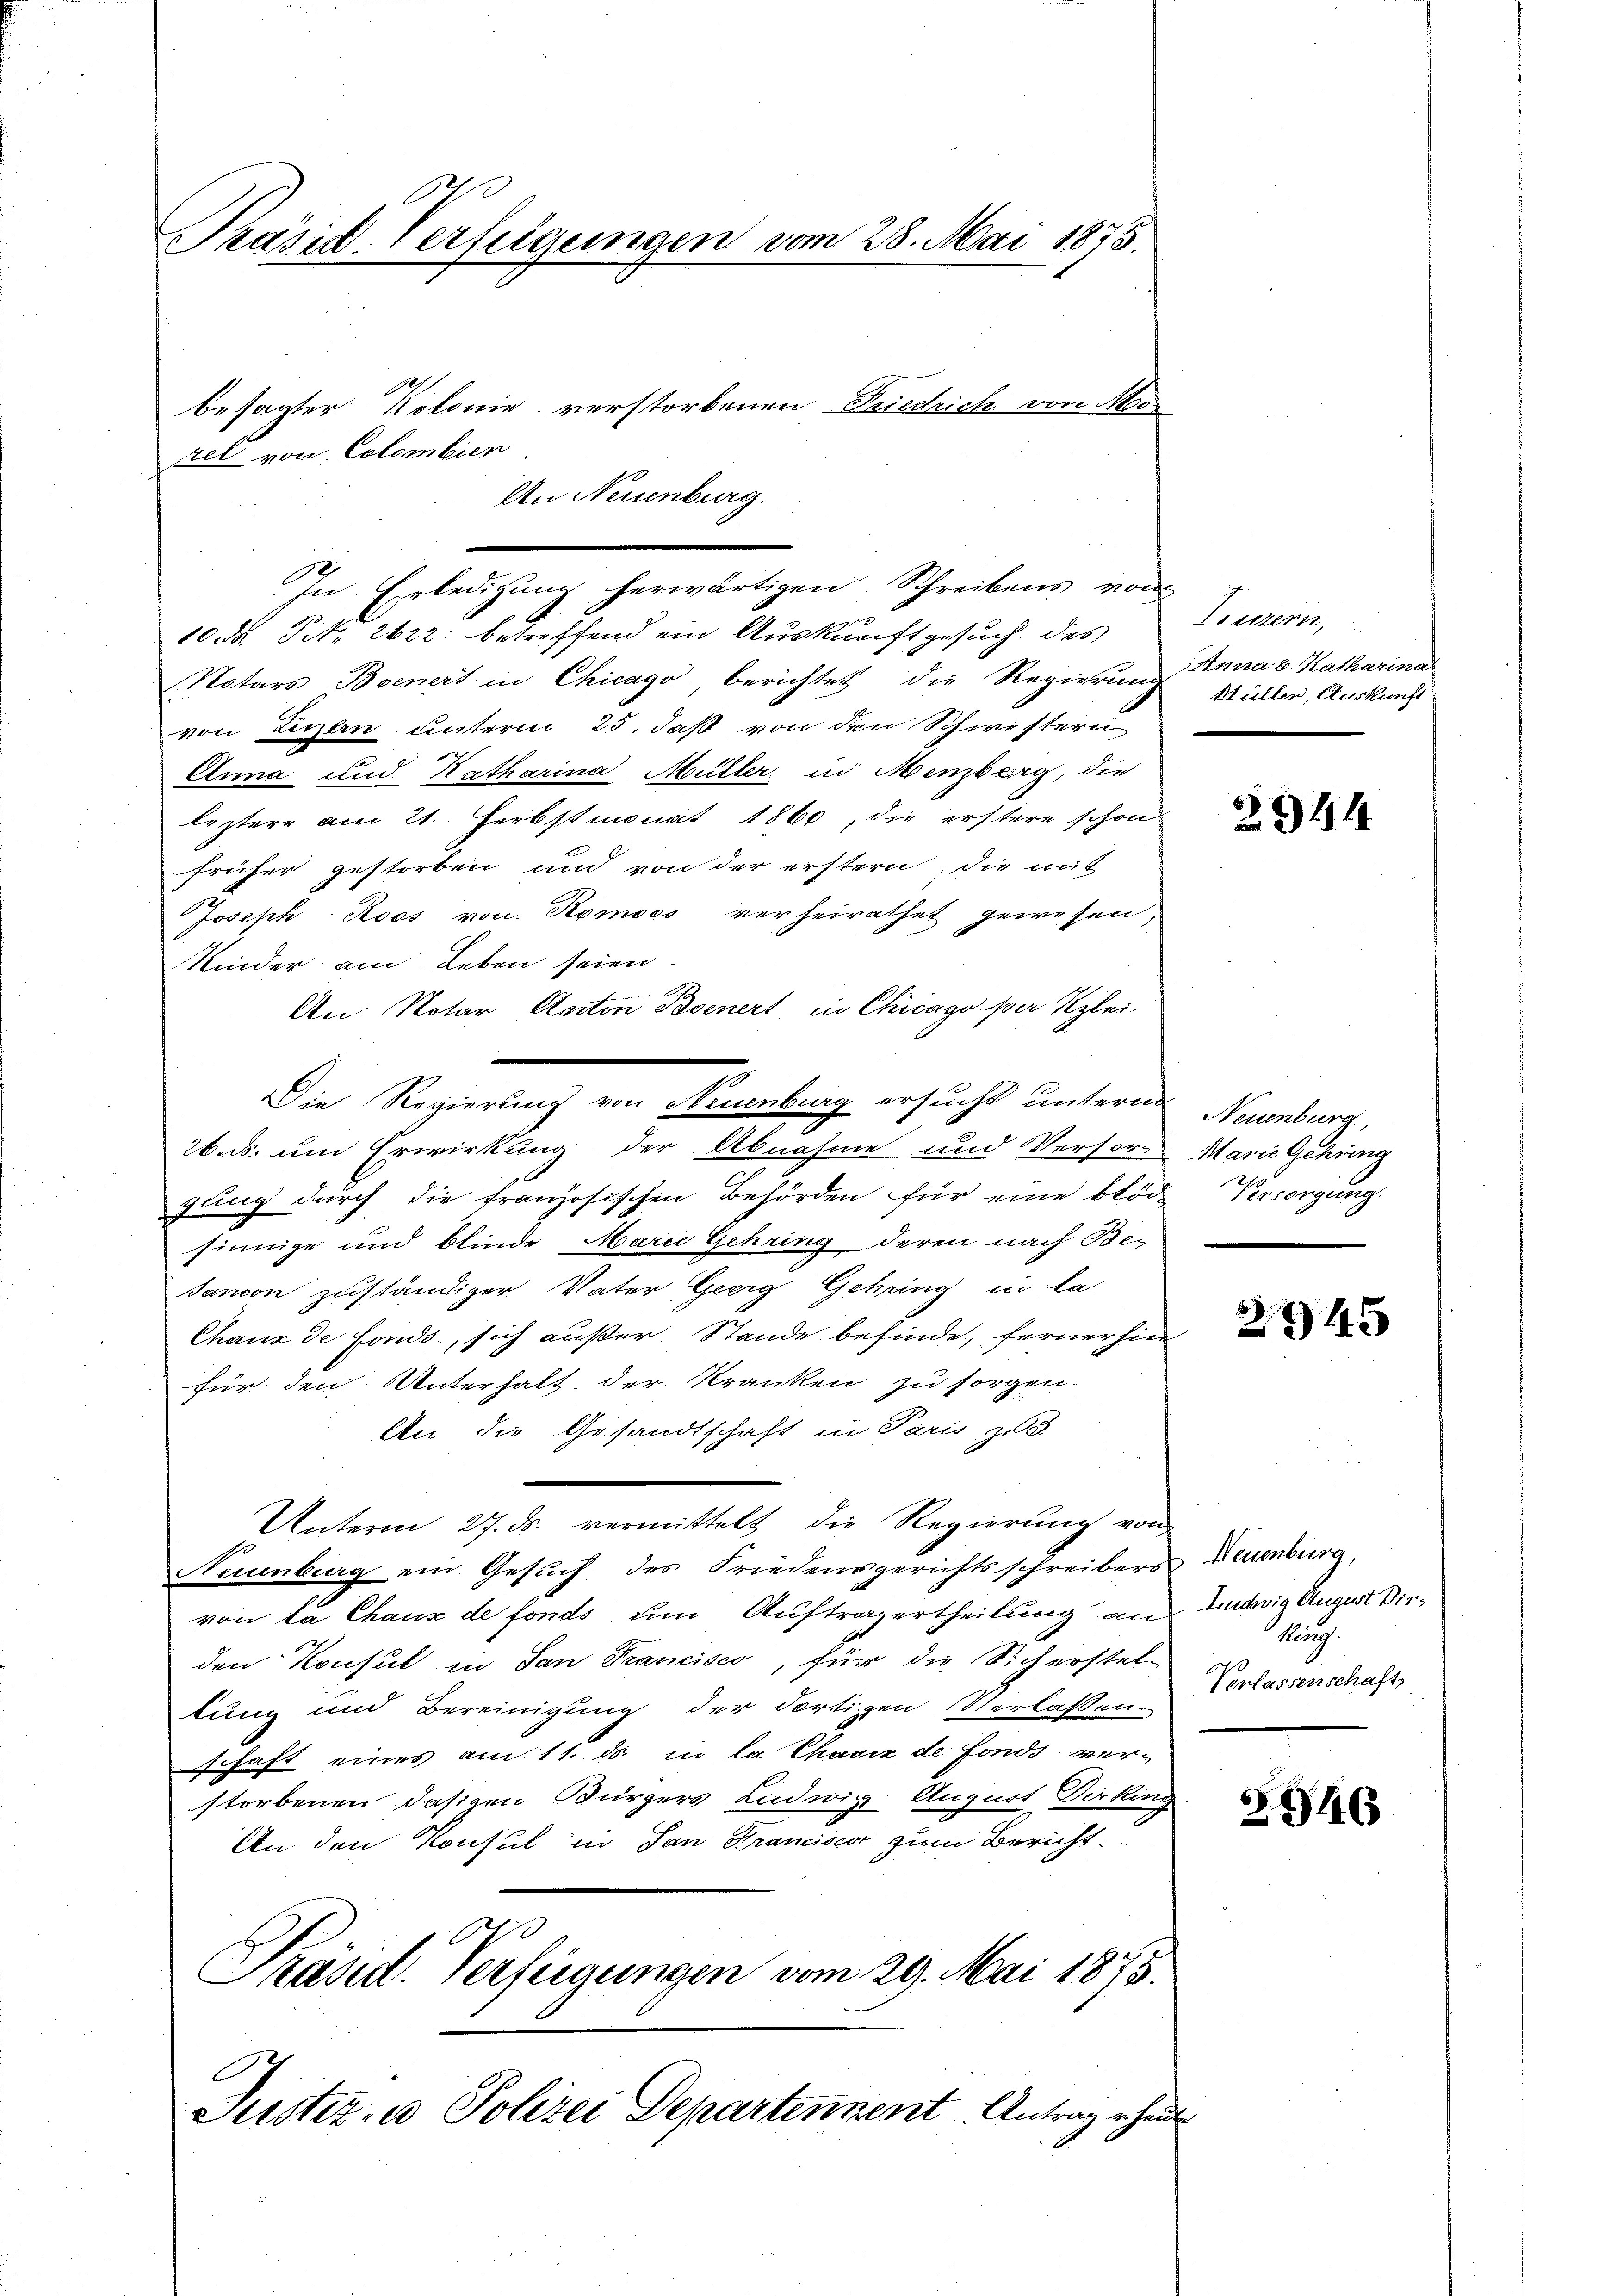
Präsid-Verfügungen vom 28. Mai 1875.

zel von Colombien

1
An Neuenburg.
In Erledigung herwärtigen Schreibens von
10. d. Tit. 2622: betreffend ein Auskunft gesuch des
Notars. Boenert in Chicago, berichtet die Regierung Anna v. Katharina
von Luzern unterm 25. daß von den Schwesteru
c
Anna und Katharina Müller in Menzberg, die
leztere am 21. Herbstmonat 1860, die erstere schon
früher gestorben und von der erstern, die mit
Joseph Roos von Romoos verheirathet gewesen,
Kinder am Leben seien.
An Notar Anton Boenert in Chicago per Klei
Die Regierung von Neuenburg ersucht untern Neuenburg,
26. ds. um Erwirkung der Abnahme und Verser-
gung durch die französischen Behörden für eine blöde Versorgung.
finnige und blinde Marie Gehring deren nach Be-
Janon zuständiger Vater Georg Gehring in da-
Chaux de fonds, sich außer Stande befinde, fernerhin
für den Unterhalt der Kranken zu sorgen.
An die Gesandtschaft in Paris zu

Unterm 27. ds. vermittelt die Regierung von
Neuenburg ein Gesuch des Friedensgerichtsschreibers Neuenburg,
von la Chaux de fonds um Auftragertheilung an undwig August Dirden Konsul in San Francisco, für die Sicherstel
tung und Bereinigung der Fortigen Verlassen-
schaft eines am 11. ds in la Chavix de fonds ver-
storbenen dasigen Bürgers Ludwig August Dicking
An den Konsul in San Krancisco zum Bericht
Präsid. Verfügungen vom 29. Mai 1875.
Justiz - Polizei Departennent Antrag er heute

besagter Kolonie verstorbenen Friedrich von Mo¬

Liuzern,
Müller, Auskunft

294

Marie Gehring

3245

König.
Verlassenschaft

S. 1146